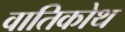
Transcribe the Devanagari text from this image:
वातिकोथ